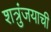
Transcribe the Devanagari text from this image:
शत्रुंजयाची